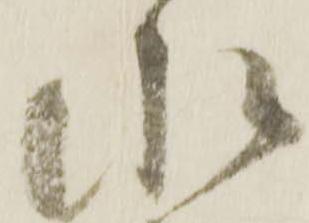
水